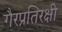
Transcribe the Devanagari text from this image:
गैरप्रतिरक्षी